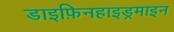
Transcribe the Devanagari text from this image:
डाइफ़िनहाइड्रमाइन